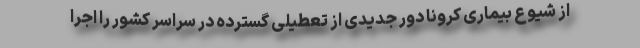
از شیوع بیماری کرونا دور جدیدی از تعطیلی گسترده در سراسر کشور را اجرا